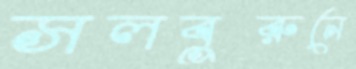
সলবুরুনে